Vaccination in Bombay 1924-1928 - 1924-1928
Year: 1924
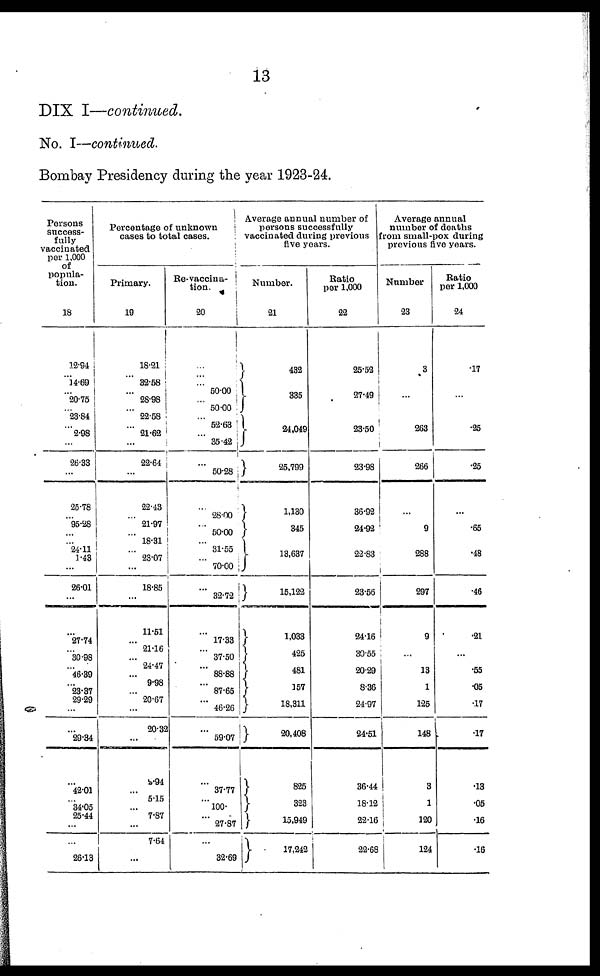
13
DIX I—continued.
No. I—continued.
Bombay Presidency during the year 1923-24.
Persons
success-
fully
vaccinated
per 1,000
of
popula-
tion.
18
12.94
...
14.69
...
20.75
...
23.84
...
2.98
...
26.33
...
25.78
...
95.28
...
...
24.11
1.43
...
26.01
...
...
27.74
...
30.98
...
46.39
...
23.37
29.29
...
...
29.34
...
42.01
...
34.05
25.44
...
...
26.13
Percentage of unknown
cases to total cases.
Primary.
19
18.21
...
32.58
...
28.98
...
22.58
...
21.62
...
22.64
...
22.43
...
21.97
...
18.31
...
23.07
...
18.85
...
11.51
...
21.16
...
24.47
...
9.98
...
20.67
...
20.32
...
2.94
...
5.15
...
7.87
...
7.64
...
Re-vaccina¬
tion.
20
...
...
...
50.00
...
50.00
...
52.63
...
35.42
...
50.28
...
28.00
...
50.00
...
31.55
...
70.00
...
32.72
...
17.33
...
37.50
...
88.88
...
87.65
...
46.26
...
59.07
...
37.77
...
100.
...
27.87
...
32.69
Average annual number of
persons successfully
vaccinated during previous
five years.
Number.
21
432
335
24,049
25,799
1,130
345
13,637
15,122
1,033
425
481
157
18,311
20,408
825
323
15,949
17,242
Ratio
per 1,000
22
25.52
27.49
23.50
23.98
36.92
24.92
22.83
23.56
24.16
30.55
20.29
8.36
24.97
24.51
36.44
18.12
22.16
22.68
Average annual
number of deaths
from small-pox during
previous five years.
Number
23
3
...
263
266
...
9
288
297
9
...
13
1
125
148
3
1
120
124
Ratio
per 1,000
24
.17
...
.25
.25
...
.65
.48
.46
.21
...
.55
.05
.17
.17
.13
.05
.16
.16